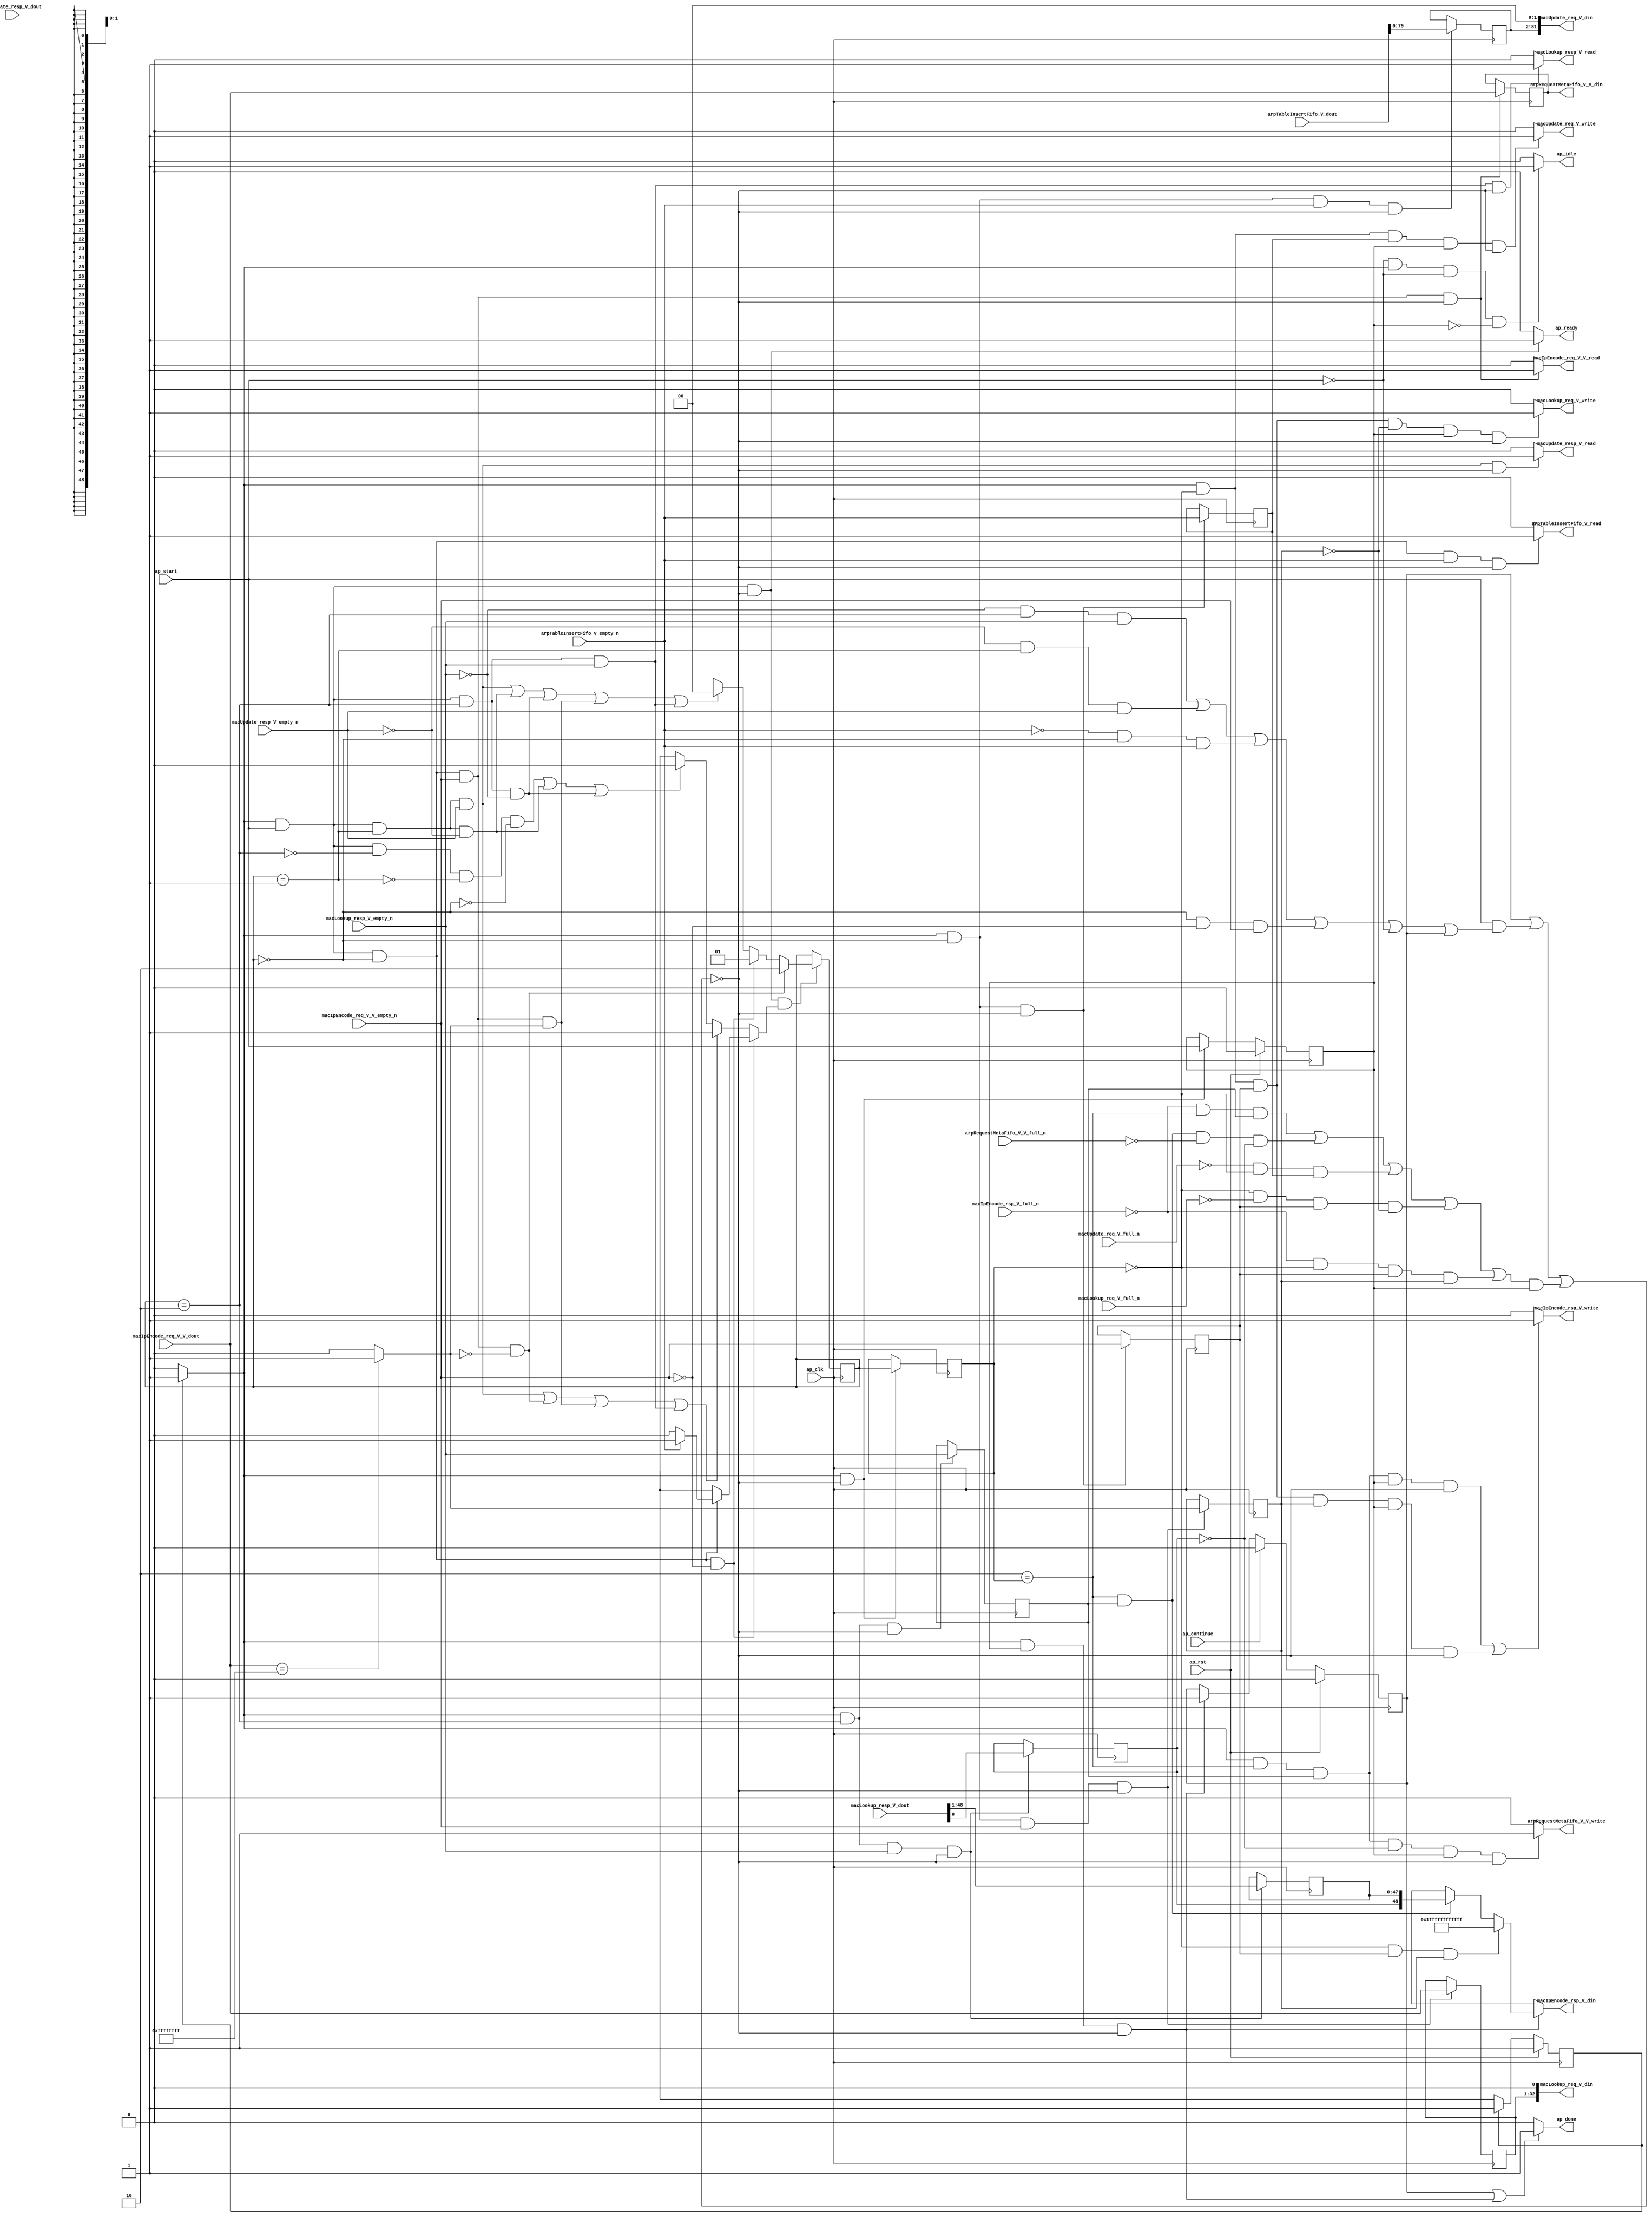
// ==============================================================
// RTL generated by Vivado(TM) HLS - High-Level Synthesis from C, C++ and SystemC
// Version: 2015.1
// Copyright (C) 2015 Xilinx Inc. All rights reserved.
// 
// ===========================================================

`timescale 1 ns / 1 ps 

module arp_server_arp_table (
        ap_clk,
        ap_rst,
        ap_start,
        ap_done,
        ap_continue,
        ap_idle,
        ap_ready,
        macLookup_resp_V_dout,
        macLookup_resp_V_empty_n,
        macLookup_resp_V_read,
        macUpdate_resp_V_dout,
        macUpdate_resp_V_empty_n,
        macUpdate_resp_V_read,
        arpTableInsertFifo_V_dout,
        arpTableInsertFifo_V_empty_n,
        arpTableInsertFifo_V_read,
        macIpEncode_req_V_V_dout,
        macIpEncode_req_V_V_empty_n,
        macIpEncode_req_V_V_read,
        macIpEncode_rsp_V_din,
        macIpEncode_rsp_V_full_n,
        macIpEncode_rsp_V_write,
        arpRequestMetaFifo_V_V_din,
        arpRequestMetaFifo_V_V_full_n,
        arpRequestMetaFifo_V_V_write,
        macUpdate_req_V_din,
        macUpdate_req_V_full_n,
        macUpdate_req_V_write,
        macLookup_req_V_din,
        macLookup_req_V_full_n,
        macLookup_req_V_write
);

parameter    ap_const_logic_1 = 1'b1;
parameter    ap_const_logic_0 = 1'b0;
parameter    ap_ST_pp0_stg0_fsm_0 = 1'b1;
parameter    ap_const_lv32_0 = 32'b00000000000000000000000000000000;
parameter    ap_const_lv1_1 = 1'b1;
parameter    ap_const_lv2_2 = 2'b10;
parameter    ap_const_lv1_0 = 1'b0;
parameter    ap_const_lv2_1 = 2'b1;
parameter    ap_const_lv2_0 = 2'b00;
parameter    ap_const_lv49_1FFFFFFFFFFFF = 49'b1111111111111111111111111111111111111111111111111;
parameter    ap_const_lv32_1 = 32'b1;
parameter    ap_const_lv32_30 = 32'b110000;
parameter    ap_const_lv32_FFFFFFFF = 32'b11111111111111111111111111111111;
parameter    ap_true = 1'b1;

input   ap_clk;
input   ap_rst;
input   ap_start;
output   ap_done;
input   ap_continue;
output   ap_idle;
output   ap_ready;
input  [48:0] macLookup_resp_V_dout;
input   macLookup_resp_V_empty_n;
output   macLookup_resp_V_read;
input  [49:0] macUpdate_resp_V_dout;
input   macUpdate_resp_V_empty_n;
output   macUpdate_resp_V_read;
input  [80:0] arpTableInsertFifo_V_dout;
input   arpTableInsertFifo_V_empty_n;
output   arpTableInsertFifo_V_read;
input  [31:0] macIpEncode_req_V_V_dout;
input   macIpEncode_req_V_V_empty_n;
output   macIpEncode_req_V_V_read;
output  [48:0] macIpEncode_rsp_V_din;
input   macIpEncode_rsp_V_full_n;
output   macIpEncode_rsp_V_write;
output  [31:0] arpRequestMetaFifo_V_V_din;
input   arpRequestMetaFifo_V_V_full_n;
output   arpRequestMetaFifo_V_V_write;
output  [81:0] macUpdate_req_V_din;
input   macUpdate_req_V_full_n;
output   macUpdate_req_V_write;
output  [32:0] macLookup_req_V_din;
input   macLookup_req_V_full_n;
output   macLookup_req_V_write;

reg ap_done;
reg ap_idle;
reg ap_ready;
reg macLookup_resp_V_read;
reg macUpdate_resp_V_read;
reg arpTableInsertFifo_V_read;
reg macIpEncode_req_V_V_read;
reg[48:0] macIpEncode_rsp_V_din;
reg macIpEncode_rsp_V_write;
reg arpRequestMetaFifo_V_V_write;
reg macUpdate_req_V_write;
reg macLookup_req_V_write;
reg    ap_done_reg = 1'b0;
(* fsm_encoding = "none" *) reg   [0:0] ap_CS_fsm = 1'b1;
reg    ap_sig_cseq_ST_pp0_stg0_fsm_0;
reg    ap_sig_bdd_20;
wire    ap_reg_ppiten_pp0_it0;
reg    ap_reg_ppiten_pp0_it1 = 1'b0;
wire   [0:0] tmp_6_nbreadreq_fu_168_p3;
wire   [0:0] tmp_5_nbreadreq_fu_182_p3;
wire   [0:0] tmp_4_nbreadreq_fu_196_p3;
wire   [0:0] tmp_7_nbreadreq_fu_210_p3;
reg    ap_sig_bdd_90;
reg   [1:0] arpState_load_reg_392;
reg   [0:0] tmp_6_reg_396;
reg   [0:0] tmp_hit_reg_405;
reg   [0:0] tmp_4_reg_413;
reg   [0:0] tmp_7_reg_422;
reg   [0:0] tmp_s_reg_431;
reg    ap_sig_bdd_144;
reg   [1:0] arpState = 2'b00;
reg   [31:0] at_inputIP_V = 32'b00000000000000000000000000000000;
reg   [47:0] tmp_macAddress_V_reg_400;
wire   [0:0] tmp_hit_fu_338_p1;
wire   [79:0] tmp_fu_342_p1;
reg   [79:0] tmp_reg_417;
reg   [31:0] tmp_V_reg_426;
wire   [0:0] tmp_s_fu_352_p2;
wire   [0:0] ap_reg_phiprechg_arpState_flag_reg_253pp0_it0;
reg   [0:0] arpState_flag_phi_fu_256_p4;
wire   [0:0] ap_reg_phiprechg_arpState_flag_4_reg_264pp0_it0;
reg   [0:0] arpState_flag_4_phi_fu_267_p16;
wire   [1:0] ap_reg_phiprechg_arpState_new_4_reg_294pp0_it0;
reg   [1:0] arpState_new_4_phi_fu_297_p16;
wire   [48:0] tmp_646_fu_364_p3;
reg   [0:0] ap_NS_fsm;
reg    ap_sig_pprstidle_pp0;
reg    ap_sig_bdd_304;
reg    ap_sig_bdd_103;
reg    ap_sig_bdd_139;
reg    ap_sig_bdd_241;




/// the current state (ap_CS_fsm) of the state machine. ///
always @ (posedge ap_clk)
begin : ap_ret_ap_CS_fsm
    if (ap_rst == 1'b1) begin
        ap_CS_fsm <= ap_ST_pp0_stg0_fsm_0;
    end else begin
        ap_CS_fsm <= ap_NS_fsm;
    end
end

/// ap_done_reg assign process. ///
always @ (posedge ap_clk)
begin : ap_ret_ap_done_reg
    if (ap_rst == 1'b1) begin
        ap_done_reg <= ap_const_logic_0;
    end else begin
        if ((ap_const_logic_1 == ap_continue)) begin
            ap_done_reg <= ap_const_logic_0;
        end else if (((ap_const_logic_1 == ap_sig_cseq_ST_pp0_stg0_fsm_0) & (ap_const_logic_1 == ap_reg_ppiten_pp0_it1) & ~((ap_done_reg == ap_const_logic_1) | ((ap_const_logic_1 == ap_reg_ppiten_pp0_it0) & ap_sig_bdd_90) | (ap_sig_bdd_144 & (ap_const_logic_1 == ap_reg_ppiten_pp0_it1))))) begin
            ap_done_reg <= ap_const_logic_1;
        end
    end
end

/// ap_reg_ppiten_pp0_it1 assign process. ///
always @ (posedge ap_clk)
begin : ap_ret_ap_reg_ppiten_pp0_it1
    if (ap_rst == 1'b1) begin
        ap_reg_ppiten_pp0_it1 <= ap_const_logic_0;
    end else begin
        if (((ap_const_logic_1 == ap_sig_cseq_ST_pp0_stg0_fsm_0) & ~((ap_done_reg == ap_const_logic_1) | ((ap_const_logic_1 == ap_reg_ppiten_pp0_it0) & ap_sig_bdd_90) | (ap_sig_bdd_144 & (ap_const_logic_1 == ap_reg_ppiten_pp0_it1))))) begin
            ap_reg_ppiten_pp0_it1 <= ap_reg_ppiten_pp0_it0;
        end
    end
end

/// assign process. ///
always @(posedge ap_clk)
begin
    if (((ap_const_logic_1 == ap_sig_cseq_ST_pp0_stg0_fsm_0) & (ap_const_logic_1 == ap_reg_ppiten_pp0_it0) & ~((ap_done_reg == ap_const_logic_1) | ((ap_const_logic_1 == ap_reg_ppiten_pp0_it0) & ap_sig_bdd_90) | (ap_sig_bdd_144 & (ap_const_logic_1 == ap_reg_ppiten_pp0_it1))) & ~(ap_const_lv1_0 == arpState_flag_4_phi_fu_267_p16))) begin
        arpState <= arpState_new_4_phi_fu_297_p16;
    end
end

/// assign process. ///
always @(posedge ap_clk)
begin
    if (((ap_const_logic_1 == ap_sig_cseq_ST_pp0_stg0_fsm_0) & ~((ap_done_reg == ap_const_logic_1) | ((ap_const_logic_1 == ap_reg_ppiten_pp0_it0) & ap_sig_bdd_90) | (ap_sig_bdd_144 & (ap_const_logic_1 == ap_reg_ppiten_pp0_it1))))) begin
        arpState_load_reg_392 <= arpState;
    end
end

/// assign process. ///
always @(posedge ap_clk)
begin
    if (((ap_const_logic_1 == ap_sig_cseq_ST_pp0_stg0_fsm_0) & (ap_const_logic_1 == ap_reg_ppiten_pp0_it0) & (arpState == ap_const_lv2_0) & ~(ap_const_lv1_0 == tmp_7_nbreadreq_fu_210_p3) & ~((ap_done_reg == ap_const_logic_1) | ((ap_const_logic_1 == ap_reg_ppiten_pp0_it0) & ap_sig_bdd_90) | (ap_sig_bdd_144 & (ap_const_logic_1 == ap_reg_ppiten_pp0_it1))))) begin
        at_inputIP_V <= macIpEncode_req_V_V_dout;
    end
end

/// assign process. ///
always @(posedge ap_clk)
begin
    if (((ap_const_logic_1 == ap_sig_cseq_ST_pp0_stg0_fsm_0) & (arpState == ap_const_lv2_0) & ~((ap_done_reg == ap_const_logic_1) | ((ap_const_logic_1 == ap_reg_ppiten_pp0_it0) & ap_sig_bdd_90) | (ap_sig_bdd_144 & (ap_const_logic_1 == ap_reg_ppiten_pp0_it1))))) begin
        tmp_4_reg_413 <= tmp_4_nbreadreq_fu_196_p3;
        tmp_7_reg_422 <= tmp_7_nbreadreq_fu_210_p3;
    end
end

/// assign process. ///
always @(posedge ap_clk)
begin
    if (((ap_const_logic_1 == ap_sig_cseq_ST_pp0_stg0_fsm_0) & (arpState == ap_const_lv2_2) & ~((ap_done_reg == ap_const_logic_1) | ((ap_const_logic_1 == ap_reg_ppiten_pp0_it0) & ap_sig_bdd_90) | (ap_sig_bdd_144 & (ap_const_logic_1 == ap_reg_ppiten_pp0_it1))))) begin
        tmp_6_reg_396 <= tmp_6_nbreadreq_fu_168_p3;
    end
end

/// assign process. ///
always @(posedge ap_clk)
begin
    if (((ap_const_logic_1 == ap_sig_cseq_ST_pp0_stg0_fsm_0) & (arpState == ap_const_lv2_0) & ~(ap_const_lv1_0 == tmp_7_nbreadreq_fu_210_p3) & ~((ap_done_reg == ap_const_logic_1) | ((ap_const_logic_1 == ap_reg_ppiten_pp0_it0) & ap_sig_bdd_90) | (ap_sig_bdd_144 & (ap_const_logic_1 == ap_reg_ppiten_pp0_it1))))) begin
        tmp_V_reg_426 <= macIpEncode_req_V_V_dout;
        tmp_s_reg_431 <= tmp_s_fu_352_p2;
    end
end

/// assign process. ///
always @(posedge ap_clk)
begin
    if (((ap_const_logic_1 == ap_sig_cseq_ST_pp0_stg0_fsm_0) & (arpState == ap_const_lv2_2) & ~(tmp_6_nbreadreq_fu_168_p3 == ap_const_lv1_0) & ~((ap_done_reg == ap_const_logic_1) | ((ap_const_logic_1 == ap_reg_ppiten_pp0_it0) & ap_sig_bdd_90) | (ap_sig_bdd_144 & (ap_const_logic_1 == ap_reg_ppiten_pp0_it1))))) begin
        tmp_hit_reg_405 <= tmp_hit_fu_338_p1;
        tmp_macAddress_V_reg_400 <= {{macLookup_resp_V_dout[ap_const_lv32_30 : ap_const_lv32_1]}};
    end
end

/// assign process. ///
always @(posedge ap_clk)
begin
    if (((ap_const_logic_1 == ap_sig_cseq_ST_pp0_stg0_fsm_0) & (arpState == ap_const_lv2_0) & ~(ap_const_lv1_0 == tmp_4_nbreadreq_fu_196_p3) & ~((ap_done_reg == ap_const_logic_1) | ((ap_const_logic_1 == ap_reg_ppiten_pp0_it0) & ap_sig_bdd_90) | (ap_sig_bdd_144 & (ap_const_logic_1 == ap_reg_ppiten_pp0_it1))))) begin
        tmp_reg_417 <= tmp_fu_342_p1;
    end
end

/// ap_done assign process. ///
always @ (ap_done_reg or ap_sig_cseq_ST_pp0_stg0_fsm_0 or ap_reg_ppiten_pp0_it0 or ap_reg_ppiten_pp0_it1 or ap_sig_bdd_90 or ap_sig_bdd_144)
begin
    if (((ap_const_logic_1 == ap_done_reg) | ((ap_const_logic_1 == ap_sig_cseq_ST_pp0_stg0_fsm_0) & (ap_const_logic_1 == ap_reg_ppiten_pp0_it1) & ~((ap_done_reg == ap_const_logic_1) | ((ap_const_logic_1 == ap_reg_ppiten_pp0_it0) & ap_sig_bdd_90) | (ap_sig_bdd_144 & (ap_const_logic_1 == ap_reg_ppiten_pp0_it1)))))) begin
        ap_done = ap_const_logic_1;
    end else begin
        ap_done = ap_const_logic_0;
    end
end

/// ap_idle assign process. ///
always @ (ap_start or ap_sig_cseq_ST_pp0_stg0_fsm_0 or ap_reg_ppiten_pp0_it0 or ap_reg_ppiten_pp0_it1)
begin
    if ((~(ap_const_logic_1 == ap_start) & (ap_const_logic_1 == ap_sig_cseq_ST_pp0_stg0_fsm_0) & (ap_const_logic_0 == ap_reg_ppiten_pp0_it0) & (ap_const_logic_0 == ap_reg_ppiten_pp0_it1))) begin
        ap_idle = ap_const_logic_1;
    end else begin
        ap_idle = ap_const_logic_0;
    end
end

/// ap_ready assign process. ///
always @ (ap_done_reg or ap_sig_cseq_ST_pp0_stg0_fsm_0 or ap_reg_ppiten_pp0_it0 or ap_reg_ppiten_pp0_it1 or ap_sig_bdd_90 or ap_sig_bdd_144)
begin
    if (((ap_const_logic_1 == ap_sig_cseq_ST_pp0_stg0_fsm_0) & (ap_const_logic_1 == ap_reg_ppiten_pp0_it0) & ~((ap_done_reg == ap_const_logic_1) | ((ap_const_logic_1 == ap_reg_ppiten_pp0_it0) & ap_sig_bdd_90) | (ap_sig_bdd_144 & (ap_const_logic_1 == ap_reg_ppiten_pp0_it1))))) begin
        ap_ready = ap_const_logic_1;
    end else begin
        ap_ready = ap_const_logic_0;
    end
end

/// ap_sig_cseq_ST_pp0_stg0_fsm_0 assign process. ///
always @ (ap_sig_bdd_20)
begin
    if (ap_sig_bdd_20) begin
        ap_sig_cseq_ST_pp0_stg0_fsm_0 = ap_const_logic_1;
    end else begin
        ap_sig_cseq_ST_pp0_stg0_fsm_0 = ap_const_logic_0;
    end
end

/// ap_sig_pprstidle_pp0 assign process. ///
always @ (ap_start or ap_reg_ppiten_pp0_it0)
begin
    if (((ap_const_logic_0 == ap_reg_ppiten_pp0_it0) & (ap_const_logic_0 == ap_start))) begin
        ap_sig_pprstidle_pp0 = ap_const_logic_1;
    end else begin
        ap_sig_pprstidle_pp0 = ap_const_logic_0;
    end
end

/// arpRequestMetaFifo_V_V_write assign process. ///
always @ (ap_done_reg or ap_sig_cseq_ST_pp0_stg0_fsm_0 or ap_reg_ppiten_pp0_it0 or ap_reg_ppiten_pp0_it1 or ap_sig_bdd_90 or arpState_load_reg_392 or tmp_6_reg_396 or tmp_hit_reg_405 or ap_sig_bdd_144)
begin
    if (((ap_const_logic_1 == ap_sig_cseq_ST_pp0_stg0_fsm_0) & (ap_const_lv2_2 == arpState_load_reg_392) & ~(ap_const_lv1_0 == tmp_6_reg_396) & (ap_const_lv1_0 == tmp_hit_reg_405) & (ap_const_logic_1 == ap_reg_ppiten_pp0_it1) & ~((ap_done_reg == ap_const_logic_1) | ((ap_const_logic_1 == ap_reg_ppiten_pp0_it0) & ap_sig_bdd_90) | (ap_sig_bdd_144 & (ap_const_logic_1 == ap_reg_ppiten_pp0_it1))))) begin
        arpRequestMetaFifo_V_V_write = ap_const_logic_1;
    end else begin
        arpRequestMetaFifo_V_V_write = ap_const_logic_0;
    end
end

/// arpState_flag_4_phi_fu_267_p16 assign process. ///
always @ (ap_sig_cseq_ST_pp0_stg0_fsm_0 or ap_reg_ppiten_pp0_it0 or tmp_6_nbreadreq_fu_168_p3 or tmp_5_nbreadreq_fu_182_p3 or tmp_7_nbreadreq_fu_210_p3 or arpState or tmp_s_fu_352_p2 or arpState_flag_phi_fu_256_p4 or ap_reg_phiprechg_arpState_flag_4_reg_264pp0_it0)
begin
    if (((ap_const_logic_1 == ap_sig_cseq_ST_pp0_stg0_fsm_0) & (ap_const_logic_1 == ap_reg_ppiten_pp0_it0) & (arpState == ap_const_lv2_0) & (ap_const_lv1_0 == tmp_7_nbreadreq_fu_210_p3))) begin
        arpState_flag_4_phi_fu_267_p16 = arpState_flag_phi_fu_256_p4;
    end else if ((((ap_const_logic_1 == ap_sig_cseq_ST_pp0_stg0_fsm_0) & (ap_const_logic_1 == ap_reg_ppiten_pp0_it0) & (arpState == ap_const_lv2_1) & ~(ap_const_lv1_0 == tmp_5_nbreadreq_fu_182_p3)) | ((ap_const_logic_1 == ap_sig_cseq_ST_pp0_stg0_fsm_0) & (ap_const_logic_1 == ap_reg_ppiten_pp0_it0) & (arpState == ap_const_lv2_0) & ~(ap_const_lv1_0 == tmp_7_nbreadreq_fu_210_p3) & (ap_const_lv1_0 == tmp_s_fu_352_p2)) | ((ap_const_logic_1 == ap_sig_cseq_ST_pp0_stg0_fsm_0) & (ap_const_logic_1 == ap_reg_ppiten_pp0_it0) & (arpState == ap_const_lv2_0) & ~(ap_const_lv1_0 == tmp_7_nbreadreq_fu_210_p3) & ~(ap_const_lv1_0 == tmp_s_fu_352_p2)) | ((ap_const_logic_1 == ap_sig_cseq_ST_pp0_stg0_fsm_0) & (ap_const_logic_1 == ap_reg_ppiten_pp0_it0) & (arpState == ap_const_lv2_2) & ~(tmp_6_nbreadreq_fu_168_p3 == ap_const_lv1_0)))) begin
        arpState_flag_4_phi_fu_267_p16 = ap_const_lv1_1;
    end else if ((((ap_const_logic_1 == ap_sig_cseq_ST_pp0_stg0_fsm_0) & (ap_const_logic_1 == ap_reg_ppiten_pp0_it0) & ~(arpState == ap_const_lv2_2) & ~(arpState == ap_const_lv2_1) & ~(arpState == ap_const_lv2_0)) | ((ap_const_logic_1 == ap_sig_cseq_ST_pp0_stg0_fsm_0) & (ap_const_logic_1 == ap_reg_ppiten_pp0_it0) & (arpState == ap_const_lv2_1) & (ap_const_lv1_0 == tmp_5_nbreadreq_fu_182_p3)) | ((ap_const_logic_1 == ap_sig_cseq_ST_pp0_stg0_fsm_0) & (ap_const_logic_1 == ap_reg_ppiten_pp0_it0) & (arpState == ap_const_lv2_2) & (tmp_6_nbreadreq_fu_168_p3 == ap_const_lv1_0)))) begin
        arpState_flag_4_phi_fu_267_p16 = ap_const_lv1_0;
    end else begin
        arpState_flag_4_phi_fu_267_p16 = ap_reg_phiprechg_arpState_flag_4_reg_264pp0_it0;
    end
end

/// arpState_flag_phi_fu_256_p4 assign process. ///
always @ (tmp_4_nbreadreq_fu_196_p3 or ap_reg_phiprechg_arpState_flag_reg_253pp0_it0 or ap_sig_bdd_304)
begin
    if (ap_sig_bdd_304) begin
        if ((ap_const_lv1_0 == tmp_4_nbreadreq_fu_196_p3)) begin
            arpState_flag_phi_fu_256_p4 = ap_const_lv1_0;
        end else if (~(ap_const_lv1_0 == tmp_4_nbreadreq_fu_196_p3)) begin
            arpState_flag_phi_fu_256_p4 = ap_const_lv1_1;
        end else begin
            arpState_flag_phi_fu_256_p4 = ap_reg_phiprechg_arpState_flag_reg_253pp0_it0;
        end
    end else begin
        arpState_flag_phi_fu_256_p4 = ap_reg_phiprechg_arpState_flag_reg_253pp0_it0;
    end
end

/// arpState_new_4_phi_fu_297_p16 assign process. ///
always @ (ap_sig_cseq_ST_pp0_stg0_fsm_0 or ap_reg_ppiten_pp0_it0 or tmp_6_nbreadreq_fu_168_p3 or tmp_5_nbreadreq_fu_182_p3 or tmp_7_nbreadreq_fu_210_p3 or arpState or tmp_s_fu_352_p2 or ap_reg_phiprechg_arpState_new_4_reg_294pp0_it0)
begin
    if (((ap_const_logic_1 == ap_sig_cseq_ST_pp0_stg0_fsm_0) & (ap_const_logic_1 == ap_reg_ppiten_pp0_it0) & (arpState == ap_const_lv2_0) & ~(ap_const_lv1_0 == tmp_7_nbreadreq_fu_210_p3) & (ap_const_lv1_0 == tmp_s_fu_352_p2))) begin
        arpState_new_4_phi_fu_297_p16 = ap_const_lv2_2;
    end else if (((ap_const_logic_1 == ap_sig_cseq_ST_pp0_stg0_fsm_0) & (ap_const_logic_1 == ap_reg_ppiten_pp0_it0) & (arpState == ap_const_lv2_0) & (ap_const_lv1_0 == tmp_7_nbreadreq_fu_210_p3))) begin
        arpState_new_4_phi_fu_297_p16 = ap_const_lv2_1;
    end else if ((((ap_const_logic_1 == ap_sig_cseq_ST_pp0_stg0_fsm_0) & (ap_const_logic_1 == ap_reg_ppiten_pp0_it0) & (arpState == ap_const_lv2_1) & ~(ap_const_lv1_0 == tmp_5_nbreadreq_fu_182_p3)) | ((ap_const_logic_1 == ap_sig_cseq_ST_pp0_stg0_fsm_0) & (ap_const_logic_1 == ap_reg_ppiten_pp0_it0) & (arpState == ap_const_lv2_1) & (ap_const_lv1_0 == tmp_5_nbreadreq_fu_182_p3)) | ((ap_const_logic_1 == ap_sig_cseq_ST_pp0_stg0_fsm_0) & (ap_const_logic_1 == ap_reg_ppiten_pp0_it0) & (arpState == ap_const_lv2_2) & (tmp_6_nbreadreq_fu_168_p3 == ap_const_lv1_0)) | ((ap_const_logic_1 == ap_sig_cseq_ST_pp0_stg0_fsm_0) & (ap_const_logic_1 == ap_reg_ppiten_pp0_it0) & (arpState == ap_const_lv2_0) & ~(ap_const_lv1_0 == tmp_7_nbreadreq_fu_210_p3) & ~(ap_const_lv1_0 == tmp_s_fu_352_p2)) | ((ap_const_logic_1 == ap_sig_cseq_ST_pp0_stg0_fsm_0) & (ap_const_logic_1 == ap_reg_ppiten_pp0_it0) & (arpState == ap_const_lv2_2) & ~(tmp_6_nbreadreq_fu_168_p3 == ap_const_lv1_0)))) begin
        arpState_new_4_phi_fu_297_p16 = ap_const_lv2_0;
    end else begin
        arpState_new_4_phi_fu_297_p16 = ap_reg_phiprechg_arpState_new_4_reg_294pp0_it0;
    end
end

/// arpTableInsertFifo_V_read assign process. ///
always @ (ap_done_reg or ap_sig_cseq_ST_pp0_stg0_fsm_0 or ap_reg_ppiten_pp0_it0 or ap_reg_ppiten_pp0_it1 or tmp_4_nbreadreq_fu_196_p3 or ap_sig_bdd_90 or ap_sig_bdd_144 or arpState)
begin
    if (((ap_const_logic_1 == ap_sig_cseq_ST_pp0_stg0_fsm_0) & (ap_const_logic_1 == ap_reg_ppiten_pp0_it0) & (arpState == ap_const_lv2_0) & ~(ap_const_lv1_0 == tmp_4_nbreadreq_fu_196_p3) & ~((ap_done_reg == ap_const_logic_1) | ((ap_const_logic_1 == ap_reg_ppiten_pp0_it0) & ap_sig_bdd_90) | (ap_sig_bdd_144 & (ap_const_logic_1 == ap_reg_ppiten_pp0_it1))))) begin
        arpTableInsertFifo_V_read = ap_const_logic_1;
    end else begin
        arpTableInsertFifo_V_read = ap_const_logic_0;
    end
end

/// macIpEncode_req_V_V_read assign process. ///
always @ (ap_done_reg or ap_sig_cseq_ST_pp0_stg0_fsm_0 or ap_reg_ppiten_pp0_it0 or ap_reg_ppiten_pp0_it1 or tmp_7_nbreadreq_fu_210_p3 or ap_sig_bdd_90 or ap_sig_bdd_144 or arpState)
begin
    if (((ap_const_logic_1 == ap_sig_cseq_ST_pp0_stg0_fsm_0) & (ap_const_logic_1 == ap_reg_ppiten_pp0_it0) & (arpState == ap_const_lv2_0) & ~(ap_const_lv1_0 == tmp_7_nbreadreq_fu_210_p3) & ~((ap_done_reg == ap_const_logic_1) | ((ap_const_logic_1 == ap_reg_ppiten_pp0_it0) & ap_sig_bdd_90) | (ap_sig_bdd_144 & (ap_const_logic_1 == ap_reg_ppiten_pp0_it1))))) begin
        macIpEncode_req_V_V_read = ap_const_logic_1;
    end else begin
        macIpEncode_req_V_V_read = ap_const_logic_0;
    end
end

/// macIpEncode_rsp_V_din assign process. ///
always @ (tmp_646_fu_364_p3 or ap_sig_bdd_103 or ap_sig_bdd_139 or ap_sig_bdd_241)
begin
    if (ap_sig_bdd_241) begin
        if (ap_sig_bdd_139) begin
            macIpEncode_rsp_V_din = ap_const_lv49_1FFFFFFFFFFFF;
        end else if (ap_sig_bdd_103) begin
            macIpEncode_rsp_V_din = tmp_646_fu_364_p3;
        end else begin
            macIpEncode_rsp_V_din = 'bx;
        end
    end else begin
        macIpEncode_rsp_V_din = 'bx;
    end
end

/// macIpEncode_rsp_V_write assign process. ///
always @ (ap_done_reg or ap_sig_cseq_ST_pp0_stg0_fsm_0 or ap_reg_ppiten_pp0_it0 or ap_reg_ppiten_pp0_it1 or ap_sig_bdd_90 or arpState_load_reg_392 or tmp_6_reg_396 or tmp_7_reg_422 or tmp_s_reg_431 or ap_sig_bdd_144)
begin
    if ((((ap_const_logic_1 == ap_sig_cseq_ST_pp0_stg0_fsm_0) & (ap_const_lv2_2 == arpState_load_reg_392) & ~(ap_const_lv1_0 == tmp_6_reg_396) & (ap_const_logic_1 == ap_reg_ppiten_pp0_it1) & ~((ap_done_reg == ap_const_logic_1) | ((ap_const_logic_1 == ap_reg_ppiten_pp0_it0) & ap_sig_bdd_90) | (ap_sig_bdd_144 & (ap_const_logic_1 == ap_reg_ppiten_pp0_it1)))) | ((ap_const_logic_1 == ap_sig_cseq_ST_pp0_stg0_fsm_0) & (ap_const_lv2_0 == arpState_load_reg_392) & ~(ap_const_lv1_0 == tmp_7_reg_422) & ~(ap_const_lv1_0 == tmp_s_reg_431) & (ap_const_logic_1 == ap_reg_ppiten_pp0_it1) & ~((ap_done_reg == ap_const_logic_1) | ((ap_const_logic_1 == ap_reg_ppiten_pp0_it0) & ap_sig_bdd_90) | (ap_sig_bdd_144 & (ap_const_logic_1 == ap_reg_ppiten_pp0_it1)))))) begin
        macIpEncode_rsp_V_write = ap_const_logic_1;
    end else begin
        macIpEncode_rsp_V_write = ap_const_logic_0;
    end
end

/// macLookup_req_V_write assign process. ///
always @ (ap_done_reg or ap_sig_cseq_ST_pp0_stg0_fsm_0 or ap_reg_ppiten_pp0_it0 or ap_reg_ppiten_pp0_it1 or ap_sig_bdd_90 or arpState_load_reg_392 or tmp_7_reg_422 or tmp_s_reg_431 or ap_sig_bdd_144)
begin
    if (((ap_const_logic_1 == ap_sig_cseq_ST_pp0_stg0_fsm_0) & (ap_const_lv2_0 == arpState_load_reg_392) & ~(ap_const_lv1_0 == tmp_7_reg_422) & (ap_const_lv1_0 == tmp_s_reg_431) & (ap_const_logic_1 == ap_reg_ppiten_pp0_it1) & ~((ap_done_reg == ap_const_logic_1) | ((ap_const_logic_1 == ap_reg_ppiten_pp0_it0) & ap_sig_bdd_90) | (ap_sig_bdd_144 & (ap_const_logic_1 == ap_reg_ppiten_pp0_it1))))) begin
        macLookup_req_V_write = ap_const_logic_1;
    end else begin
        macLookup_req_V_write = ap_const_logic_0;
    end
end

/// macLookup_resp_V_read assign process. ///
always @ (ap_done_reg or ap_sig_cseq_ST_pp0_stg0_fsm_0 or ap_reg_ppiten_pp0_it0 or ap_reg_ppiten_pp0_it1 or tmp_6_nbreadreq_fu_168_p3 or ap_sig_bdd_90 or ap_sig_bdd_144 or arpState)
begin
    if (((ap_const_logic_1 == ap_sig_cseq_ST_pp0_stg0_fsm_0) & (ap_const_logic_1 == ap_reg_ppiten_pp0_it0) & (arpState == ap_const_lv2_2) & ~(tmp_6_nbreadreq_fu_168_p3 == ap_const_lv1_0) & ~((ap_done_reg == ap_const_logic_1) | ((ap_const_logic_1 == ap_reg_ppiten_pp0_it0) & ap_sig_bdd_90) | (ap_sig_bdd_144 & (ap_const_logic_1 == ap_reg_ppiten_pp0_it1))))) begin
        macLookup_resp_V_read = ap_const_logic_1;
    end else begin
        macLookup_resp_V_read = ap_const_logic_0;
    end
end

/// macUpdate_req_V_write assign process. ///
always @ (ap_done_reg or ap_sig_cseq_ST_pp0_stg0_fsm_0 or ap_reg_ppiten_pp0_it0 or ap_reg_ppiten_pp0_it1 or ap_sig_bdd_90 or arpState_load_reg_392 or tmp_4_reg_413 or ap_sig_bdd_144)
begin
    if (((ap_const_logic_1 == ap_sig_cseq_ST_pp0_stg0_fsm_0) & (ap_const_lv2_0 == arpState_load_reg_392) & ~(ap_const_lv1_0 == tmp_4_reg_413) & (ap_const_logic_1 == ap_reg_ppiten_pp0_it1) & ~((ap_done_reg == ap_const_logic_1) | ((ap_const_logic_1 == ap_reg_ppiten_pp0_it0) & ap_sig_bdd_90) | (ap_sig_bdd_144 & (ap_const_logic_1 == ap_reg_ppiten_pp0_it1))))) begin
        macUpdate_req_V_write = ap_const_logic_1;
    end else begin
        macUpdate_req_V_write = ap_const_logic_0;
    end
end

/// macUpdate_resp_V_read assign process. ///
always @ (ap_done_reg or ap_sig_cseq_ST_pp0_stg0_fsm_0 or ap_reg_ppiten_pp0_it0 or ap_reg_ppiten_pp0_it1 or tmp_5_nbreadreq_fu_182_p3 or ap_sig_bdd_90 or ap_sig_bdd_144 or arpState)
begin
    if (((ap_const_logic_1 == ap_sig_cseq_ST_pp0_stg0_fsm_0) & (ap_const_logic_1 == ap_reg_ppiten_pp0_it0) & (arpState == ap_const_lv2_1) & ~(ap_const_lv1_0 == tmp_5_nbreadreq_fu_182_p3) & ~((ap_done_reg == ap_const_logic_1) | ((ap_const_logic_1 == ap_reg_ppiten_pp0_it0) & ap_sig_bdd_90) | (ap_sig_bdd_144 & (ap_const_logic_1 == ap_reg_ppiten_pp0_it1))))) begin
        macUpdate_resp_V_read = ap_const_logic_1;
    end else begin
        macUpdate_resp_V_read = ap_const_logic_0;
    end
end
/// the next state (ap_NS_fsm) of the state machine. ///
always @ (ap_done_reg or ap_CS_fsm or ap_reg_ppiten_pp0_it0 or ap_reg_ppiten_pp0_it1 or ap_sig_bdd_90 or ap_sig_bdd_144 or ap_sig_pprstidle_pp0)
begin
    case (ap_CS_fsm)
        ap_ST_pp0_stg0_fsm_0 : 
        begin
            ap_NS_fsm = ap_ST_pp0_stg0_fsm_0;
        end
        default : 
        begin
            ap_NS_fsm = 'bx;
        end
    endcase
end

assign ap_reg_phiprechg_arpState_flag_4_reg_264pp0_it0 = 'bx;
assign ap_reg_phiprechg_arpState_flag_reg_253pp0_it0 = 'bx;
assign ap_reg_phiprechg_arpState_new_4_reg_294pp0_it0 = 'bx;
assign ap_reg_ppiten_pp0_it0 = ap_start;

/// ap_sig_bdd_103 assign process. ///
always @ (arpState_load_reg_392 or tmp_6_reg_396)
begin
    ap_sig_bdd_103 = ((ap_const_lv2_2 == arpState_load_reg_392) & ~(ap_const_lv1_0 == tmp_6_reg_396));
end

/// ap_sig_bdd_139 assign process. ///
always @ (arpState_load_reg_392 or tmp_7_reg_422 or tmp_s_reg_431)
begin
    ap_sig_bdd_139 = ((ap_const_lv2_0 == arpState_load_reg_392) & ~(ap_const_lv1_0 == tmp_7_reg_422) & ~(ap_const_lv1_0 == tmp_s_reg_431));
end

/// ap_sig_bdd_144 assign process. ///
always @ (macIpEncode_rsp_V_full_n or arpState_load_reg_392 or tmp_6_reg_396 or arpRequestMetaFifo_V_V_full_n or tmp_hit_reg_405 or macUpdate_req_V_full_n or tmp_4_reg_413 or macLookup_req_V_full_n or tmp_7_reg_422 or tmp_s_reg_431)
begin
    ap_sig_bdd_144 = (((macIpEncode_rsp_V_full_n == ap_const_logic_0) & (ap_const_lv2_2 == arpState_load_reg_392) & ~(ap_const_lv1_0 == tmp_6_reg_396)) | ((ap_const_lv2_2 == arpState_load_reg_392) & ~(ap_const_lv1_0 == tmp_6_reg_396) & (arpRequestMetaFifo_V_V_full_n == ap_const_logic_0) & (ap_const_lv1_0 == tmp_hit_reg_405)) | ((macUpdate_req_V_full_n == ap_const_logic_0) & (ap_const_lv2_0 == arpState_load_reg_392) & ~(ap_const_lv1_0 == tmp_4_reg_413)) | ((ap_const_lv2_0 == arpState_load_reg_392) & (macLookup_req_V_full_n == ap_const_logic_0) & ~(ap_const_lv1_0 == tmp_7_reg_422) & (ap_const_lv1_0 == tmp_s_reg_431)) | ((macIpEncode_rsp_V_full_n == ap_const_logic_0) & (ap_const_lv2_0 == arpState_load_reg_392) & ~(ap_const_lv1_0 == tmp_7_reg_422) & ~(ap_const_lv1_0 == tmp_s_reg_431)));
end

/// ap_sig_bdd_20 assign process. ///
always @ (ap_CS_fsm)
begin
    ap_sig_bdd_20 = (ap_CS_fsm[ap_const_lv32_0] == ap_const_lv1_1);
end

/// ap_sig_bdd_241 assign process. ///
always @ (ap_done_reg or ap_sig_cseq_ST_pp0_stg0_fsm_0 or ap_reg_ppiten_pp0_it0 or ap_reg_ppiten_pp0_it1 or ap_sig_bdd_90 or ap_sig_bdd_144)
begin
    ap_sig_bdd_241 = ((ap_const_logic_1 == ap_sig_cseq_ST_pp0_stg0_fsm_0) & (ap_const_logic_1 == ap_reg_ppiten_pp0_it1) & ~((ap_done_reg == ap_const_logic_1) | ((ap_const_logic_1 == ap_reg_ppiten_pp0_it0) & ap_sig_bdd_90) | (ap_sig_bdd_144 & (ap_const_logic_1 == ap_reg_ppiten_pp0_it1))));
end

/// ap_sig_bdd_304 assign process. ///
always @ (ap_sig_cseq_ST_pp0_stg0_fsm_0 or ap_reg_ppiten_pp0_it0 or arpState)
begin
    ap_sig_bdd_304 = ((ap_const_logic_1 == ap_sig_cseq_ST_pp0_stg0_fsm_0) & (ap_const_logic_1 == ap_reg_ppiten_pp0_it0) & (arpState == ap_const_lv2_0));
end

/// ap_sig_bdd_90 assign process. ///
always @ (ap_start or ap_done_reg or macLookup_resp_V_empty_n or tmp_6_nbreadreq_fu_168_p3 or macUpdate_resp_V_empty_n or tmp_5_nbreadreq_fu_182_p3 or arpTableInsertFifo_V_empty_n or tmp_4_nbreadreq_fu_196_p3 or macIpEncode_req_V_V_empty_n or tmp_7_nbreadreq_fu_210_p3 or arpState)
begin
    ap_sig_bdd_90 = (((macLookup_resp_V_empty_n == ap_const_logic_0) & (arpState == ap_const_lv2_2) & ~(tmp_6_nbreadreq_fu_168_p3 == ap_const_lv1_0)) | ((macUpdate_resp_V_empty_n == ap_const_logic_0) & (arpState == ap_const_lv2_1) & ~(ap_const_lv1_0 == tmp_5_nbreadreq_fu_182_p3)) | ((arpTableInsertFifo_V_empty_n == ap_const_logic_0) & (arpState == ap_const_lv2_0) & ~(ap_const_lv1_0 == tmp_4_nbreadreq_fu_196_p3)) | ((arpState == ap_const_lv2_0) & (macIpEncode_req_V_V_empty_n == ap_const_logic_0) & ~(ap_const_lv1_0 == tmp_7_nbreadreq_fu_210_p3)) | (ap_start == ap_const_logic_0) | (ap_done_reg == ap_const_logic_1));
end
assign arpRequestMetaFifo_V_V_din = at_inputIP_V;
assign macLookup_req_V_din = {{tmp_V_reg_426}, {ap_const_lv1_0}};
assign macUpdate_req_V_din = {{tmp_reg_417}, {ap_const_lv2_0}};
assign tmp_4_nbreadreq_fu_196_p3 = arpTableInsertFifo_V_empty_n;
assign tmp_5_nbreadreq_fu_182_p3 = macUpdate_resp_V_empty_n;
assign tmp_646_fu_364_p3 = {{tmp_hit_reg_405}, {tmp_macAddress_V_reg_400}};
assign tmp_6_nbreadreq_fu_168_p3 = macLookup_resp_V_empty_n;
assign tmp_7_nbreadreq_fu_210_p3 = macIpEncode_req_V_V_empty_n;
assign tmp_fu_342_p1 = arpTableInsertFifo_V_dout[79:0];
assign tmp_hit_fu_338_p1 = macLookup_resp_V_dout[0:0];
assign tmp_s_fu_352_p2 = (macIpEncode_req_V_V_dout == ap_const_lv32_FFFFFFFF? 1'b1: 1'b0);


endmodule //arp_server_arp_table